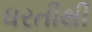
ધરતીથી